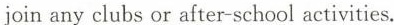
join any clubs or after school activities.